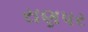
રાણપર